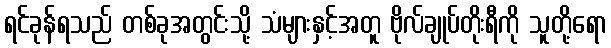
ရင်ခုန်ရသည် တစ်ခုအတွင်းသို့ သံများနှင့်အတူ ဗိုလ်ချုပ်တိုးရီကို သူတို့ရော